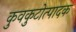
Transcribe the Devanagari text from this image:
कुवकुटोत्पादक